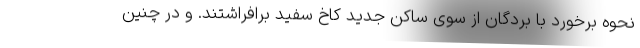
نحوه برخورد با بردگان از سوی ساکن جدید کاخ سفید برافراشتند. و در چنین